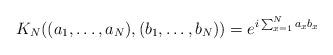
LaTeX: \begin{align*}K_N((a_1,\dots,a_N),(b_1,\dots,b_N)) = e^{i \sum_{x=1}^N a_xb_x}\end{align*}